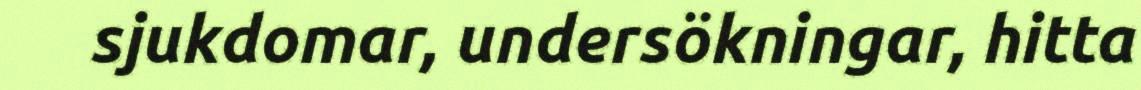
sjukdomar, undersökningar, hitta